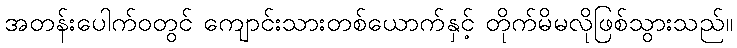
အတန်းပေါက်ဝတွင် ကျောင်းသားတစ်ယောက်နှင့် တိုက်မိမလိုဖြစ်သွားသည်။